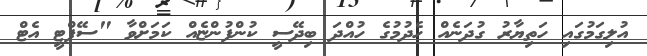
އުލިގަމުގައި ހަތިޔާރު ގުދަނެއް ހެދުމުގެ ހުއްދަ ބިދޭސީ ކުންފުންޏެއް ކަމަށްވާ "ސޭފްޓީ އެޓް